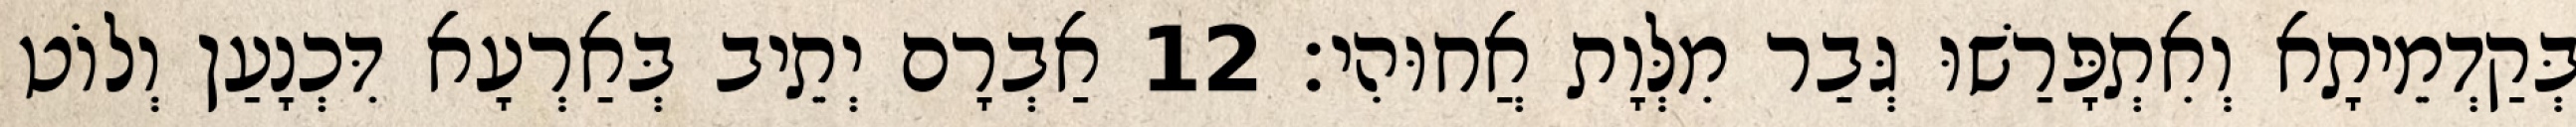
בְּקַדְמֵיתָא וְאִתְפָּרַשׁוּ גְּבַר מִלְּוָת אֲחוּהִי׃ 12 אַבְרָם יְתֵיב בְּאַרְעָא דִּכְנָעַן וְלוֹט